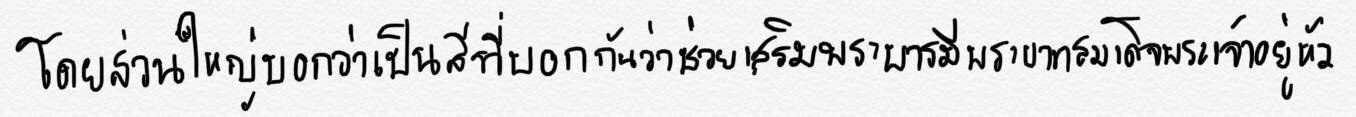
โดยส่วนใหญ่บอกว่าเป็นสีที่บอกกันว่าช่วยเสริมพระบารมีพระบาทสมเด็จพระเจ้าอยู่หัว